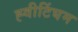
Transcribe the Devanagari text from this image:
ह्वीटिंघम